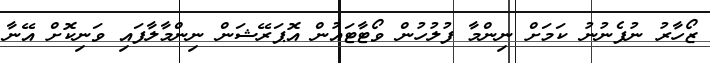
ޒޯހާރު ނުފެނުނު ކަމަށް ނިންމާ ފުލުހުން ވޯޓާޓައުން އޮޕަރޭޝަން ނިންމާލާފައި ވަނިކޮށް އޭނާ